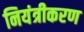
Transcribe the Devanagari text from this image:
नियंत्रीकरण